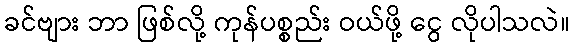
ခင်ဗျား ဘာ ဖြစ်လို့ ကုန်ပစ္စည်း ဝယ်ဖို့ ငွေ လိုပါသလဲ။